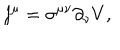
j ^ { \mu } = \sigma ^ { \mu \nu } \partial _ { \nu } V ,